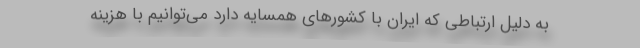
به دلیل ارتباطی که ایران با کشورهای همسایه دارد می‌توانیم با هزینه